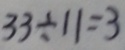
3 3 \div 1 1 = 3